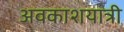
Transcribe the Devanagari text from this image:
अवकाशयात्री